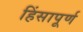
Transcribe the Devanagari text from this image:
हिंसापूर्ण